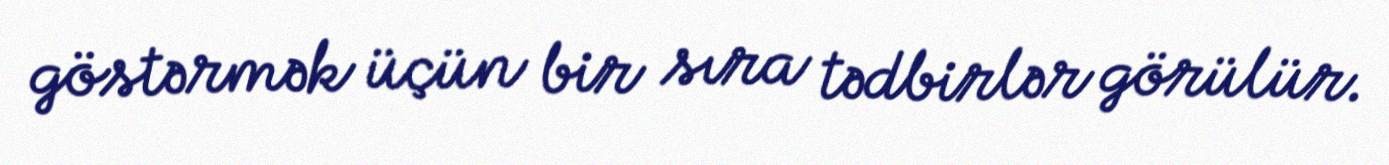
göstərmək üçün bir sıra tədbirlər görülür.